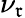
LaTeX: \nu_{\mathfrak{r}}